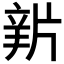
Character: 𤗔